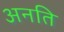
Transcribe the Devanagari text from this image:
अनति